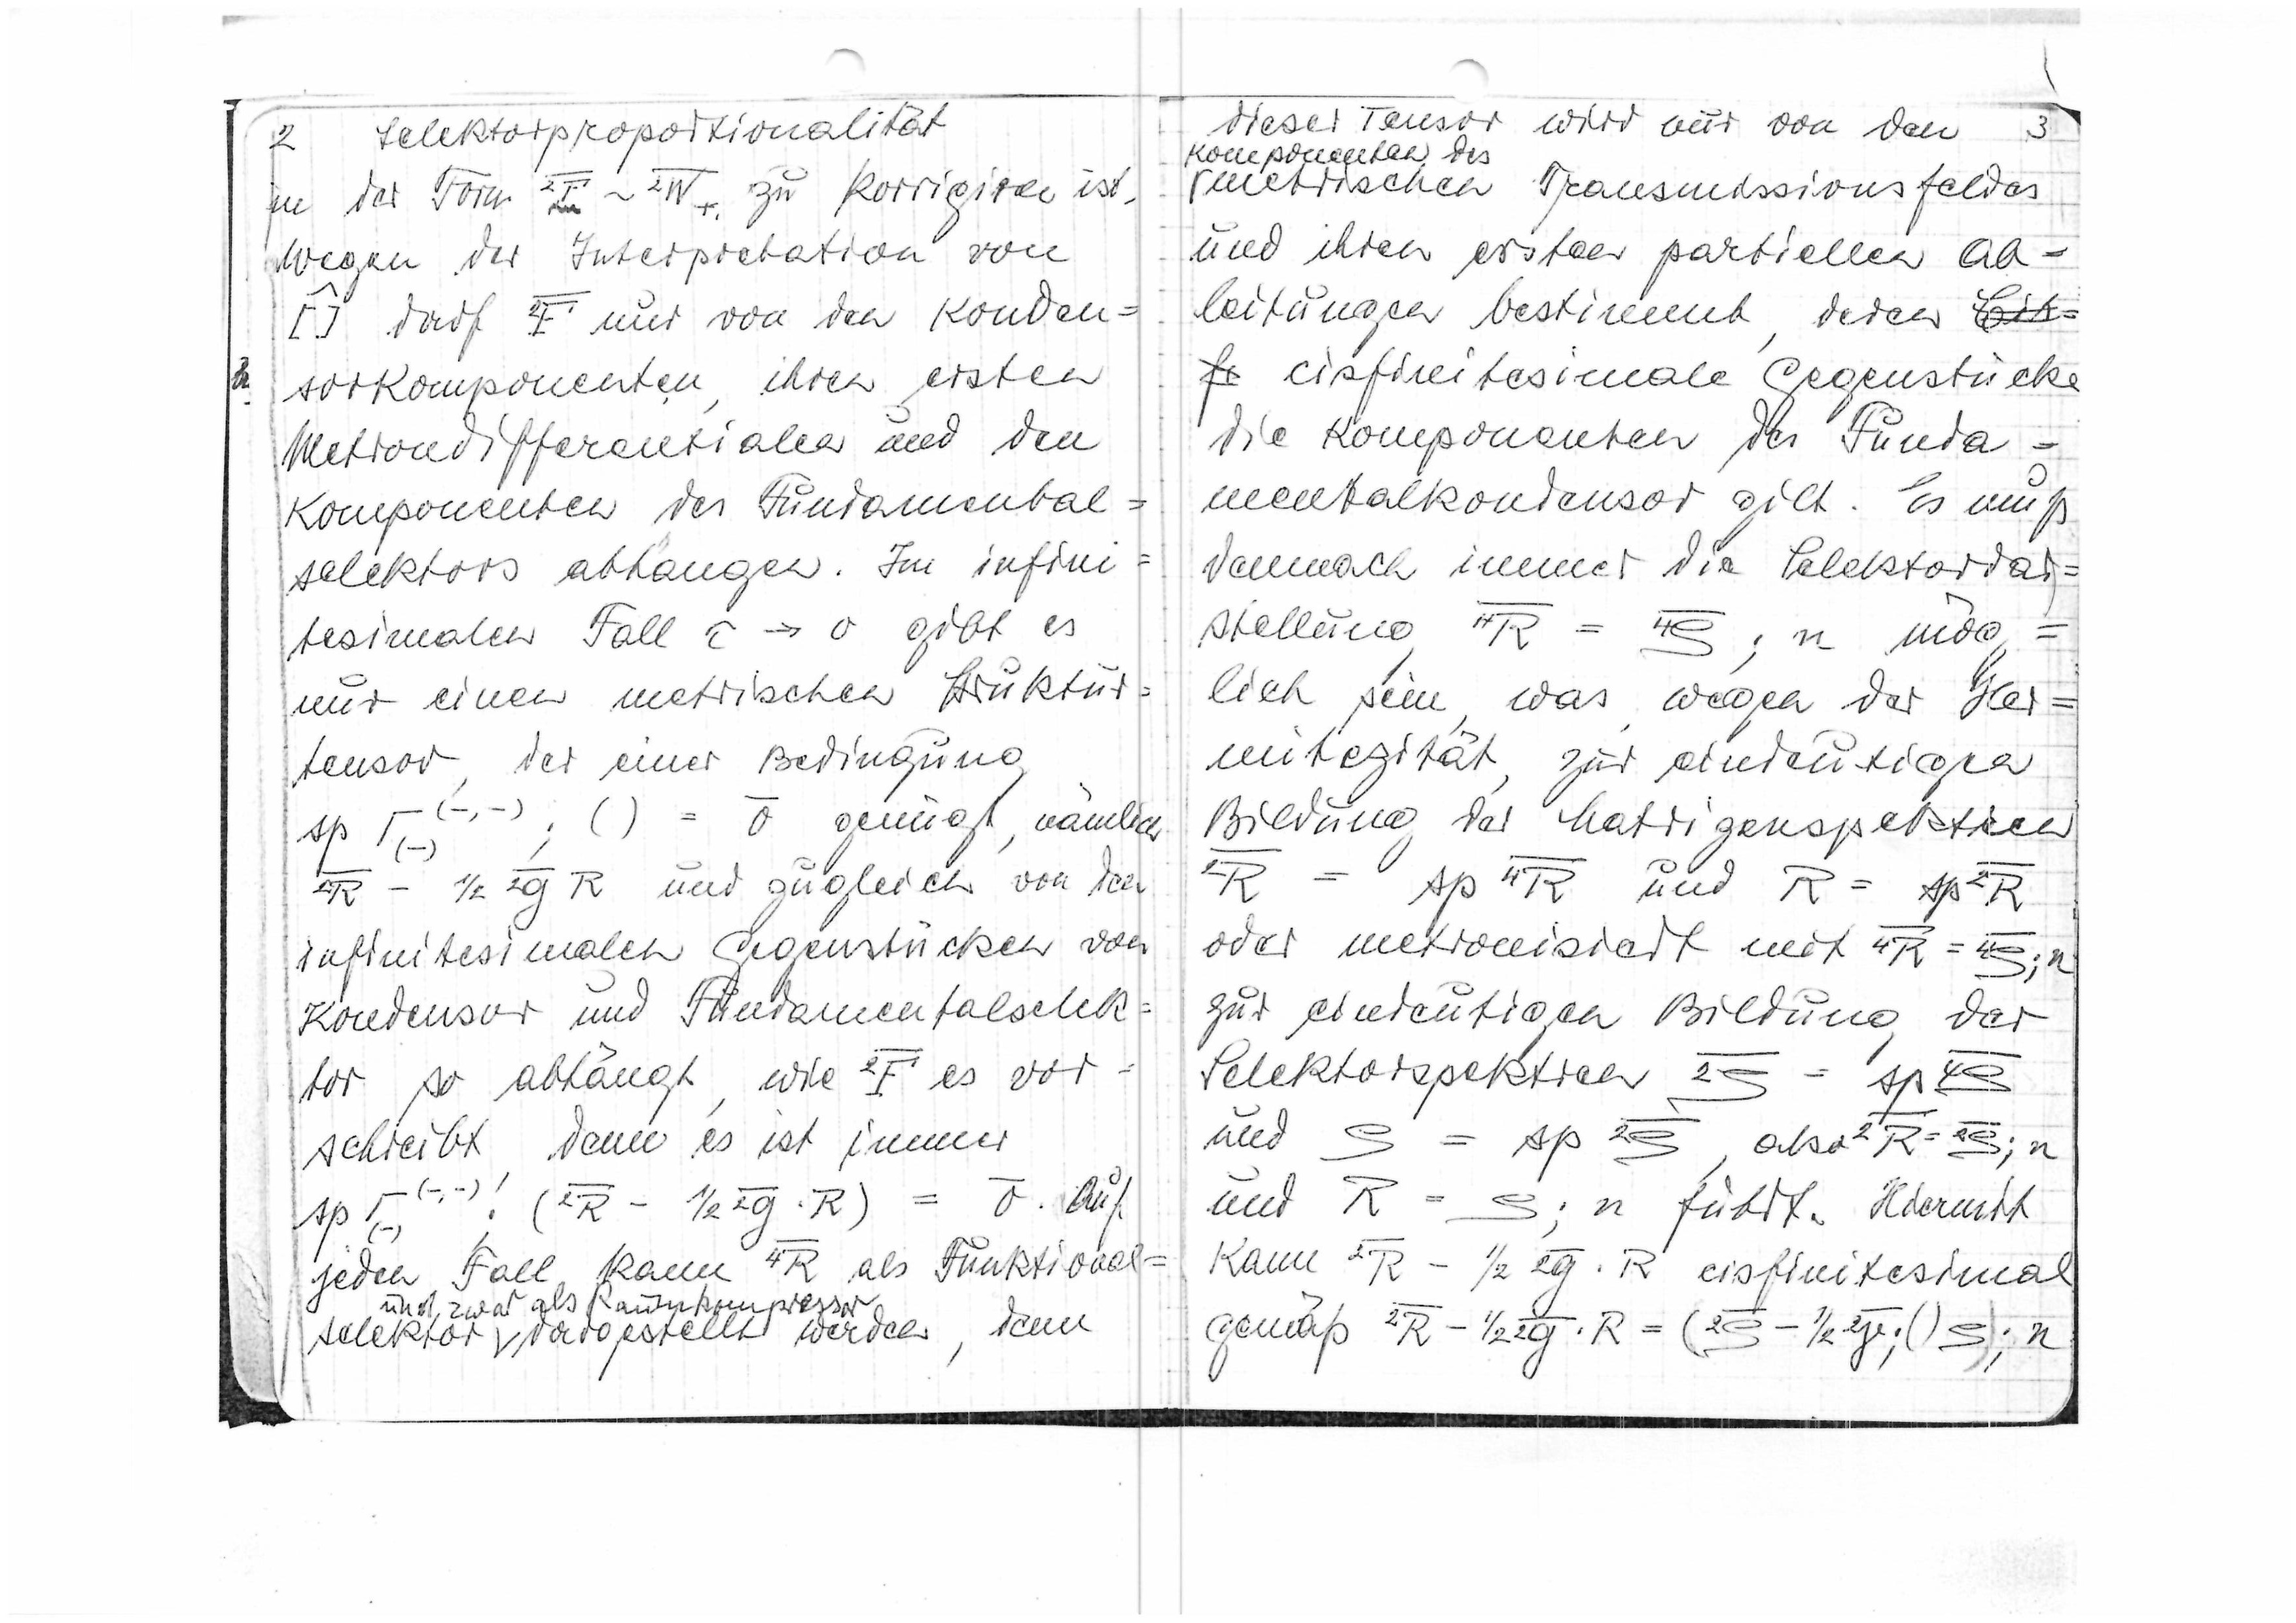
2
Selektorproprtionalität
in der Form

zu korrigieren ist.
Wegen der Interpretation von

darf

nur von den Konden=
sorkopmonenten, ihren ersten
Metronendifferentialen und den
Komponenten des Fundamental=
selektors abhängen. Im infini
tesimalen Fall τ→υ gibt es
nur einen metrischen Struktur
tensor, der einer Bedingung

genügt, nämlich

und zugleich von den
infinitesimalen Gegenstücken von
Kondensor und Fundamentalselek=
tor so abhängt, wie

es vor
schreibt. Denn es ist immer
auf
jeden Fall kann

als Funktional-
und zwar als Raumkompressor
selektor v vorangestellt werden, denn

diese Tensor wird nur von den
3
Komponenten des
metrischen Transmissionsfeldes
und ihren ersten partiellen Ab
leitungen bestimmt, deren

cisfinitesimale Gegenstücke
die Komponenten des Funda=
mentalkondensor gilt. Es muß
demnach immer die Selektorvor
stellung

mög =
lich sein, was wegen der Her
mitizität zur einseitigen
Bindung der Matrizenspektren

oder metronisität mit

zur einseitigen Bildung
der
Selektorspektren
und
also
und
R = ρ ; n
 führt. Hiermit
kann

cisfinitesimal
gemäß